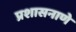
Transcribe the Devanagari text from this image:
प्रशासनाणे